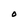
Character: O